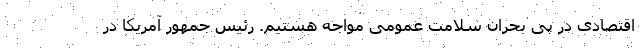
اقتصادی در پی بحران سلامت عمومی مواجه هستیم. رئیس جمهور آمریکا در